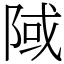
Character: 䧕